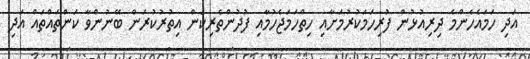
އަދި ހަމައެހެންމެ ދިރިއުޅުން ފުރިހަމަކުރުމަށާއި ހިތްހަމަޖެހުމާއި ފުދުންތެރިކަން އިތުރުކުރަން ބޭނުންވާ ކަންތައްތައް އަދި